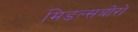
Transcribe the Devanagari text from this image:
मिडल्सबोरो